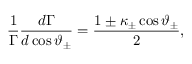
\frac { 1 } { \Gamma } \frac { d \Gamma } { d \cos \vartheta _ { \pm } } = \frac { 1 \pm \kappa _ { \pm } \cos \vartheta _ { \pm } } { 2 } ,